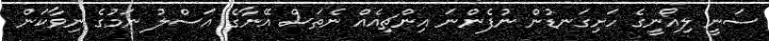
ސަނީ ލިއޯނީގެ ހަށިގަނޑުން ނުފެންނަ އިންޗިއެއް ނެތަސް އޭނާގެ އަސްލު ނަމުގެ ނިވާކަން